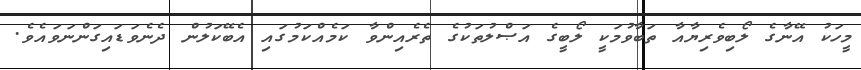
މީހަކު އޭނާގެ ލޯބިވެރިޔާއާ ތަބާވުމަކީ ލޯބީގެ އަޞްލުތަކުގެ ތެރެއިންވާ ކަމެއްކަމުގައި އެބޭކަލުން ދެނެވަޑައިގަންނަވައެވެ.